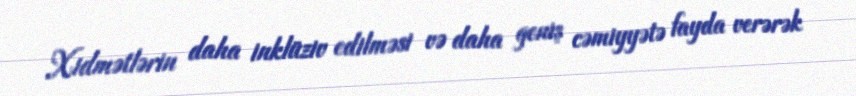
Xidmətlərin daha inklüziv edilməsi və daha geniş cəmiyyətə fayda verərək